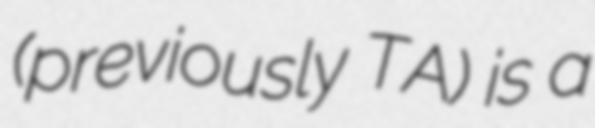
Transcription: (previously TA) is a